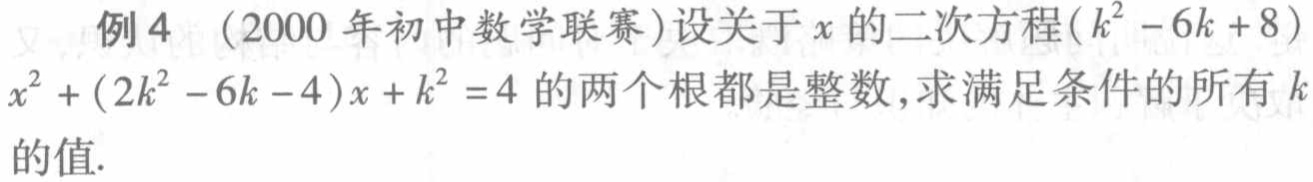
例4 （2000 年初中数学联赛）设关于\(x\)的二次方程\((k^{2}-6k + 8)x^{2}+(2k^{2}-6k - 4)x + k^{2}=4\)的两个根都是整数，求满足条件的所有\(k\)的值.